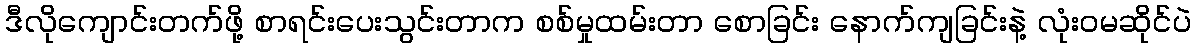
ဒီလိုကျောင်းတက်ဖို့ စာရင်းပေးသွင်းတာက စစ်မှုထမ်းတာ စောခြင်း နောက်ကျခြင်းနဲ့ လုံးဝမဆိုင်ပဲ